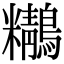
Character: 𪇒